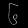
Digit: ၆